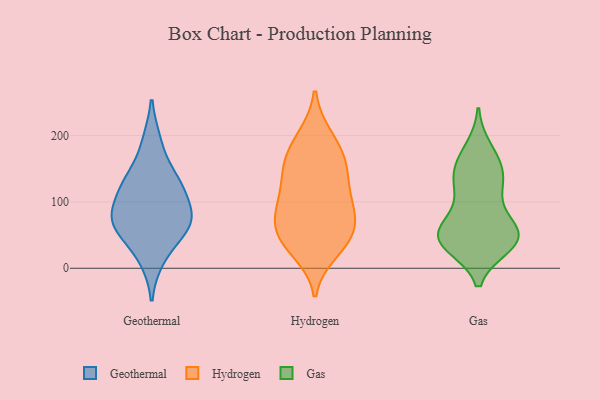
{"axis": {"x": "Shipments", "y": "Value"}, "legend": ["Gas", "Geothermal", "Hydrogen"], "data": [{"x": "", "y": 69, "type": "Geothermal"}, {"x": "", "y": 126, "type": "Geothermal"}, {"x": "", "y": 86, "type": "Geothermal"}, {"x": "", "y": 60, "type": "Geothermal"}, {"x": "", "y": 77, "type": "Geothermal"}, {"x": "", "y": 190, "type": "Geothermal"}, {"x": "", "y": 15, "type": "Geothermal"}, {"x": "", "y": 125, "type": "Geothermal"}, {"x": "", "y": 132, "type": "Geothermal"}, {"x": "", "y": 62, "type": "Geothermal"}, {"x": "", "y": 95, "type": "Hydrogen"}, {"x": "", "y": 77, "type": "Hydrogen"}, {"x": "", "y": 26, "type": "Hydrogen"}, {"x": "", "y": 198, "type": "Hydrogen"}, {"x": "", "y": 156, "type": "Hydrogen"}, {"x": "", "y": 143, "type": "Hydrogen"}, {"x": "", "y": 109, "type": "Hydrogen"}, {"x": "", "y": 44, "type": "Hydrogen"}, {"x": "", "y": 42, "type": "Hydrogen"}, {"x": "", "y": 152, "type": "Hydrogen"}, {"x": "", "y": 77, "type": "Hydrogen"}, {"x": "", "y": 193, "type": "Hydrogen"}, {"x": "", "y": 161, "type": "Hydrogen"}, {"x": "", "y": 62, "type": "Hydrogen"}, {"x": "", "y": 103, "type": "Hydrogen"}, {"x": "", "y": 42, "type": "Hydrogen"}, {"x": "", "y": 179, "type": "Gas"}, {"x": "", "y": 58, "type": "Gas"}, {"x": "", "y": 102, "type": "Gas"}, {"x": "", "y": 132, "type": "Gas"}, {"x": "", "y": 56, "type": "Gas"}, {"x": "", "y": 137, "type": "Gas"}, {"x": "", "y": 122, "type": "Gas"}, {"x": "", "y": 44, "type": "Gas"}, {"x": "", "y": 52, "type": "Gas"}, {"x": "", "y": 56, "type": "Gas"}, {"x": "", "y": 35, "type": "Gas"}, {"x": "", "y": 163, "type": "Gas"}, {"x": "", "y": 40, "type": "Gas"}, {"x": "", "y": 153, "type": "Gas"}, {"x": "", "y": 39, "type": "Gas"}, {"x": "", "y": 46, "type": "Gas"}]}